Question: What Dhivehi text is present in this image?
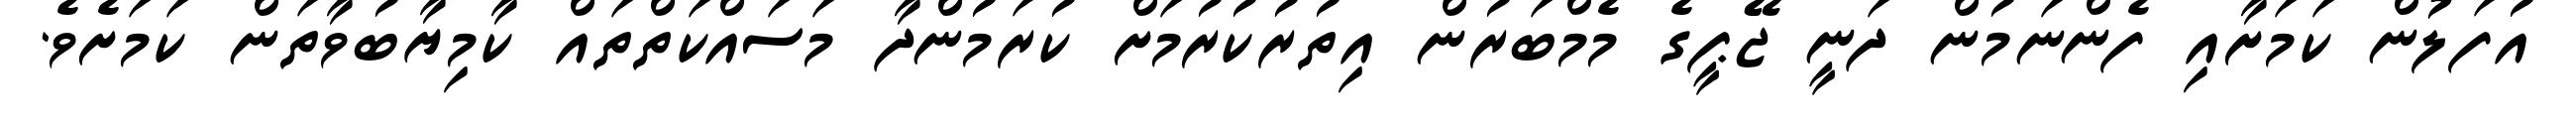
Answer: އުފަލުން ކަމަށާއި ފެންނަމުން ދަނީ ޖޭޕީގެ މެމްބަރުން އިތުރުކުރުމަށް ކުރަމުންދާ މަސައްކަތްތައް ކާމިޔާބުވާތަން ކަމަށެވެ.